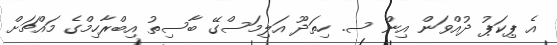
އެ ޕިކަޕު ދުއްވަން އިން ސ. ހިތަދޫ އަލިމަސްގޭ ބާސިތު އިބްރާހިމްގެ މައްޗަށް